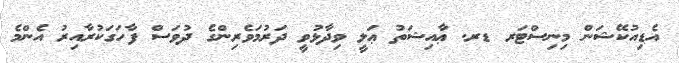
އެޑިއުކޭޝަން މިނިސްޓަރ ޑރ. ޢާއިޝަތު ޢަލީ ވިދާޅުވީ ދަރުމަވެރިންގެ ދުވަސް ފާހަގަކުރާއިރު އެންމެ